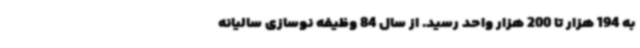
به 194 هزار تا 200 هزار واحد رسید. از سال 84 وظیفه نوسازی سالیانه